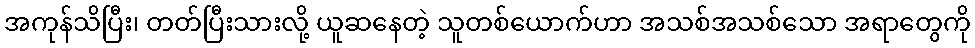
အကုန်သိပြီး၊ တတ်ပြီးသားလို့ ယူဆနေတဲ့ သူတစ်ယောက်ဟာ အသစ်အသစ်သော အရာတွေကို